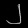
Digit: ၂